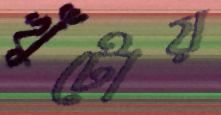
খুঁটোয়